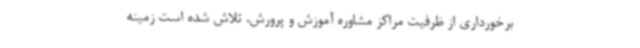
برخورداری از ظرفیت مراکز مشاوره آموزش و پرورش، تلاش شده است زمینه